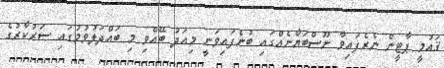
ޤައުމީ ޕާޓީން ނެރެފައިވާ ނޫސްބަޔާނެއްގައި ބުނެފައިވަނީ މިއަދު ބޭއްވި މި ބައްދަލުވުމުގައި ސަރުކާރުގެ